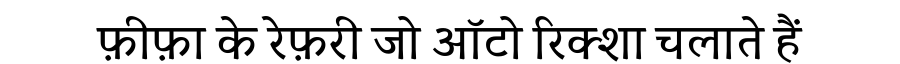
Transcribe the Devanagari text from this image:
फ़ीफ़ा के रेफ़री जो ऑटो रिक्शा चलाते हैं